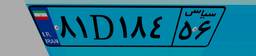
۷۳D۵۲۳۳۵